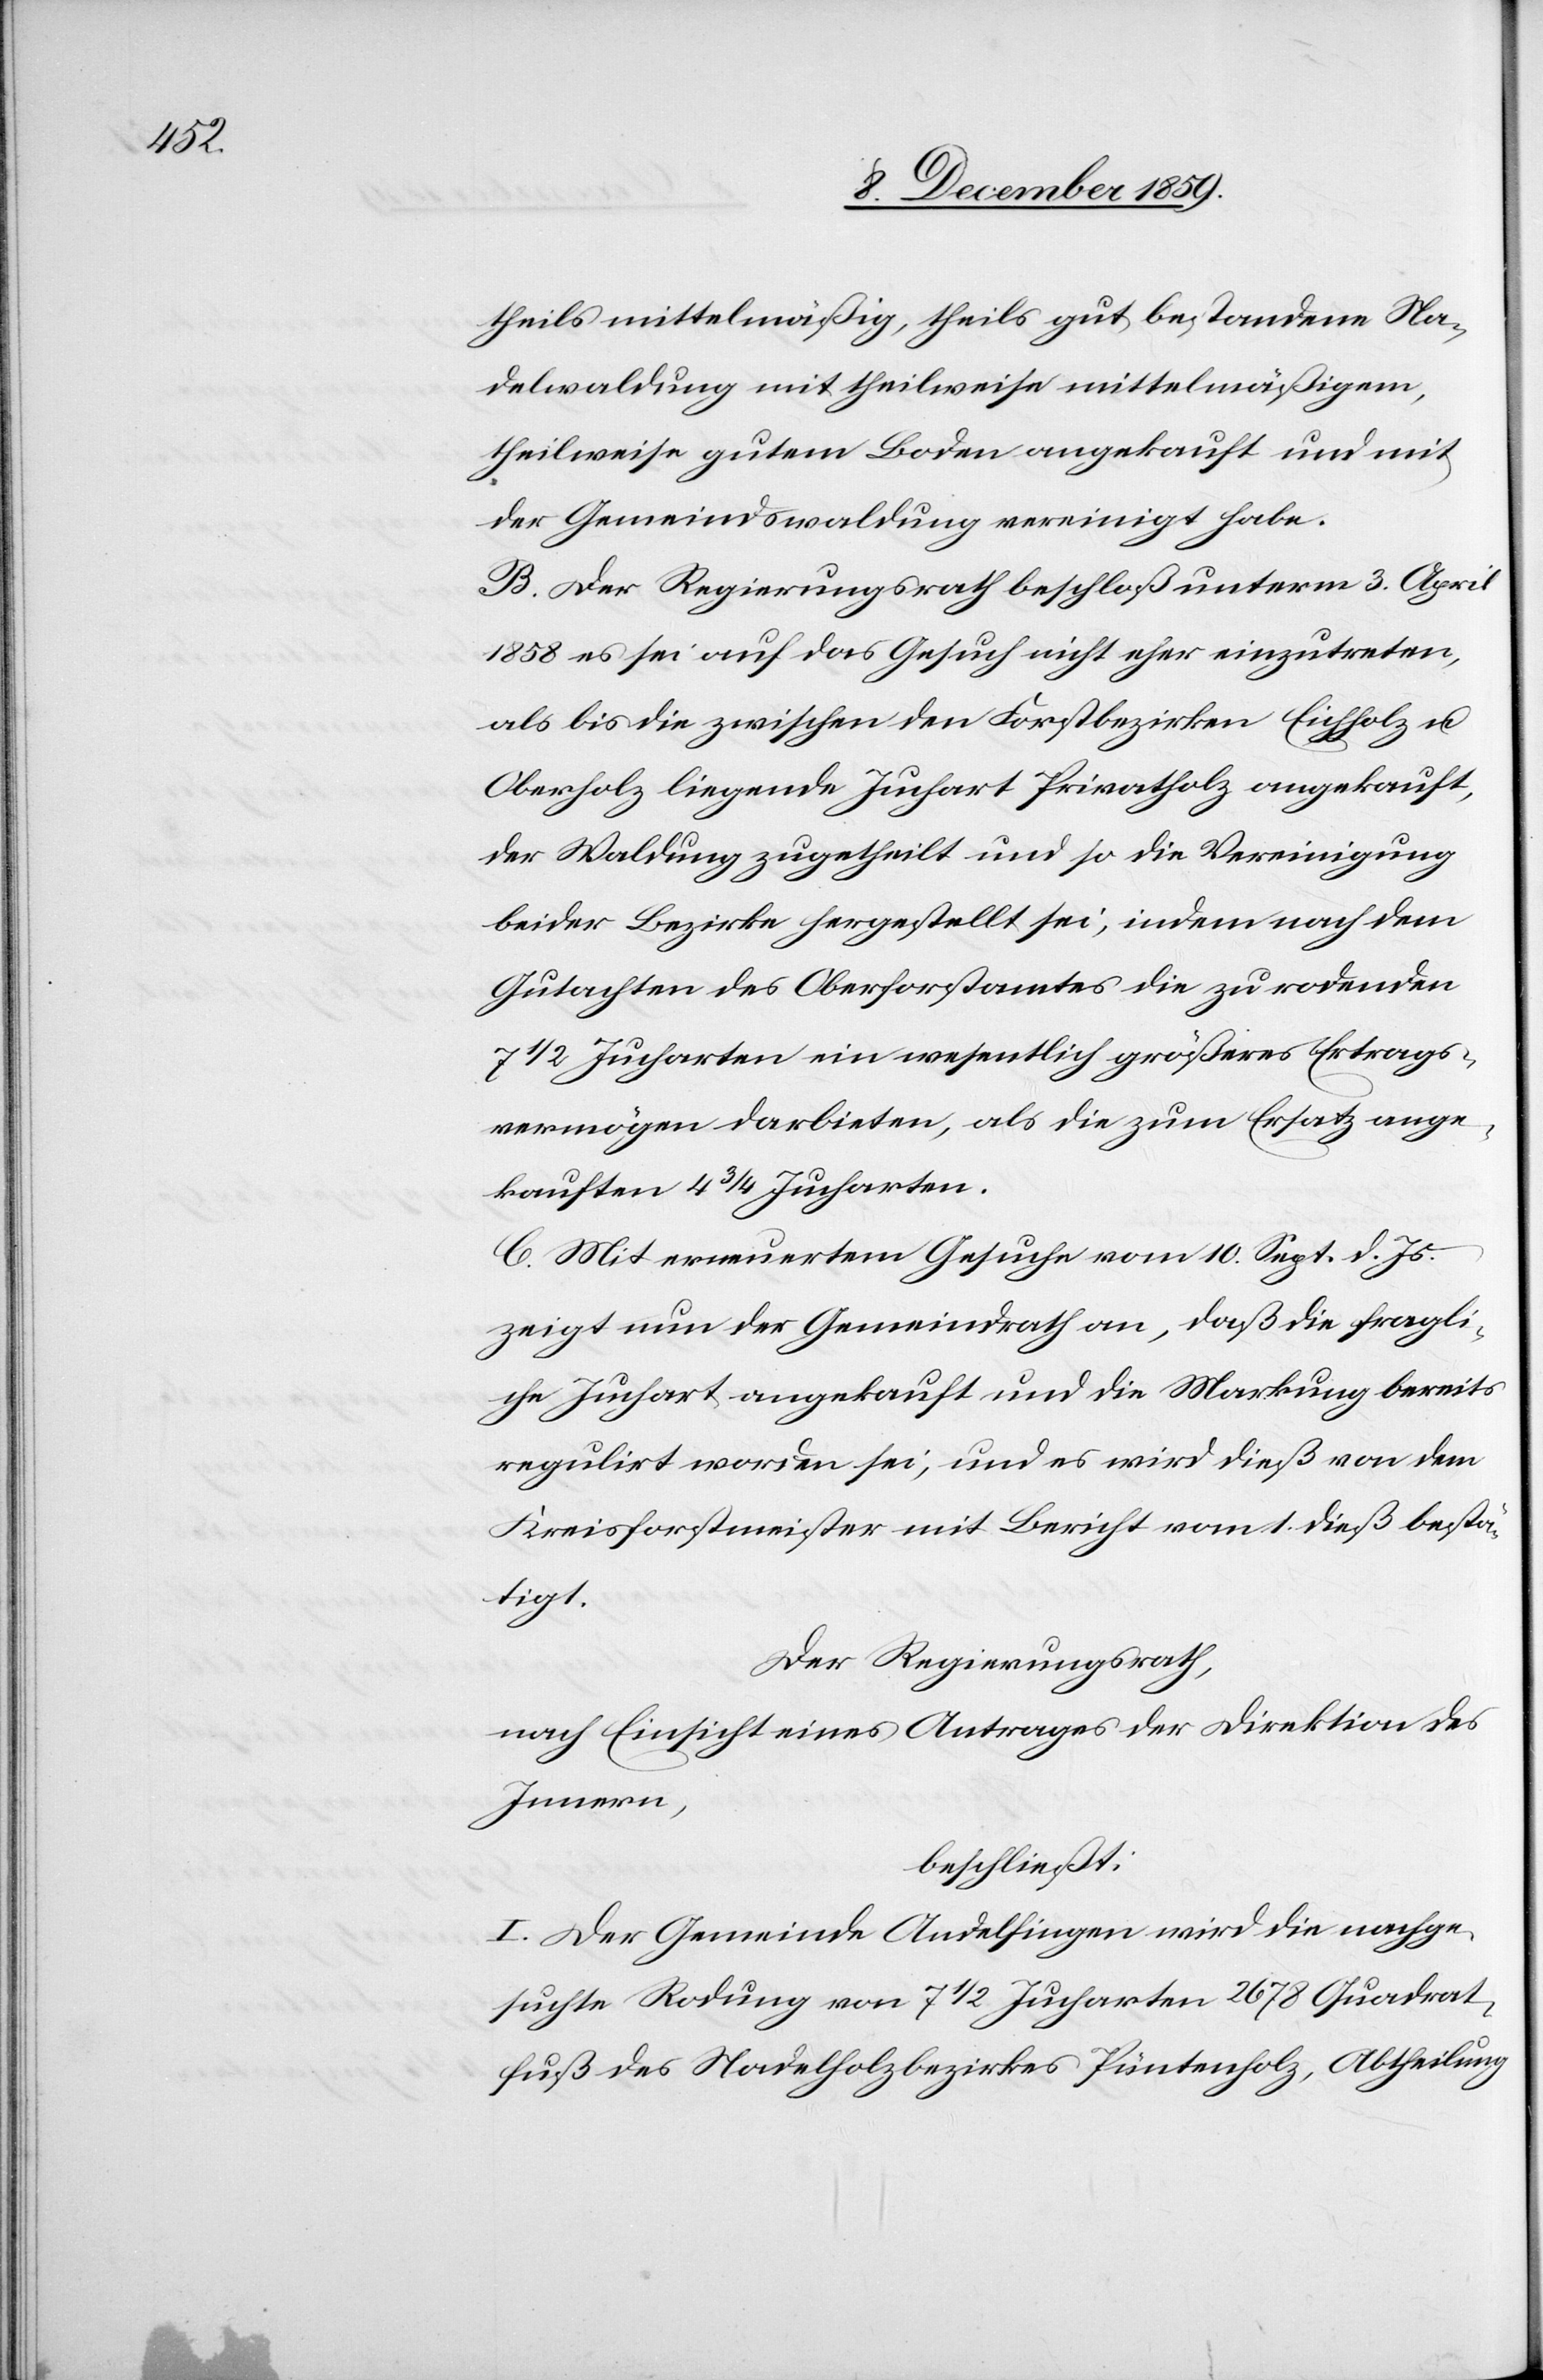
theils mittelmäßig, theils gut bestandenen Na¬
delwaldung mit theilweise mittelmäßigem,
theilweise gutem Boden angekauft und mit
der Gemeindswaldung vereinigt habe.
B. Der Regierungsrath beschloß unterm 3. April
1858 es sei auf das Gesuch nicht eher einzutreten,
als bis die zwischen den Forstbezirken Eichholz u.
Oberholz liegende Juchart Privatholz angekauft,
der Waldung zugetheilt und so die Vereinigung
beider Bezirke hergestellt sei, indem nach dem
Gutachten des Oberforstamtes die zu rodenden
7 1/2 Jucharten ein wesentlich größeres Ertrags¬
vermögen darbieten, als die zum Ersatz ange¬
kauften 4 3/4 Jucharten.
C. Mit erneutem Gesuche vom 10. Sept. d. Js.
zeigt nun der Gemeindrath an, daß die fragli¬
che Juchart angekauft und die Markung bereits
regulirt worden sei, und es wird dieß von dem
Kreisforstminister mit Bericht vom 1. dieß bestä¬
tigt.
Der Regierungsrath,
nach Einsicht eines Antrages der Direktion des
Innern,
beschließt:
I. Der Gemeinde Andelfingen wird die nachge¬
suchte Rodung von 7 1/2 Jucharten 2678 Quadrat¬
fuß des Nadelholzbezirkes Püntenholz, Abheilung